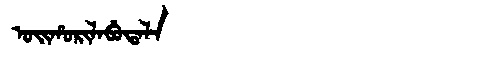
Manchu: ᠣᡳᡥᠣᡵᡳᠯᠠᠪᡠᡨᠠᠯᠠ
Romanization: OIHORILABUTALA